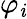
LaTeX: \varphi_{\mathit{i}}